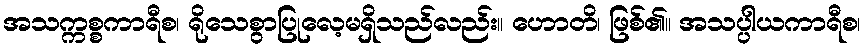
အသက္ကစ္စကာရီစ၊ ရိုသေစွာပြုလေ့မရှိသည်လည်း။ ဟောတိ၊ ဖြစ်၏။ အသပ္ပါယကာရီစ၊